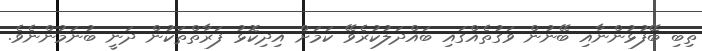
ތިބި ބޭފުޅުންނާއި ބޭނުން ވަގުތެއްގައި ބައްދަލުކުރެވޭ ކަމަށް އިދިކޮޅު ފަރާތްތަކުން ދަނީ ބުނަމުންނެވެ.